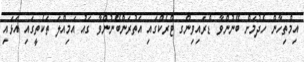
އިމްތިހާން ހެދުމަށް ބޭނުންވާ ޑްރައިވިންގ ޓްރެކްގައި އަތުރަންބޭނުންވާ ގައު އަމިއްލަ ތަކެތީގައި އަޅައި